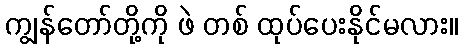
ကျွန်တော်တို့ကို ဖဲ တစ် ထုပ်ပေးနိုင်မလား။